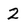
Character: 2